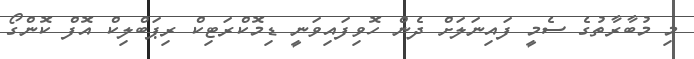
މި މުބާރާތުގެ ސެމީ ފައިނަލަށް ދެން ހޮވިފައިވަނީ ޑިމޮކްރަޓިކް ރިޕަބްލިކް އޮފް ކޮންގޯ